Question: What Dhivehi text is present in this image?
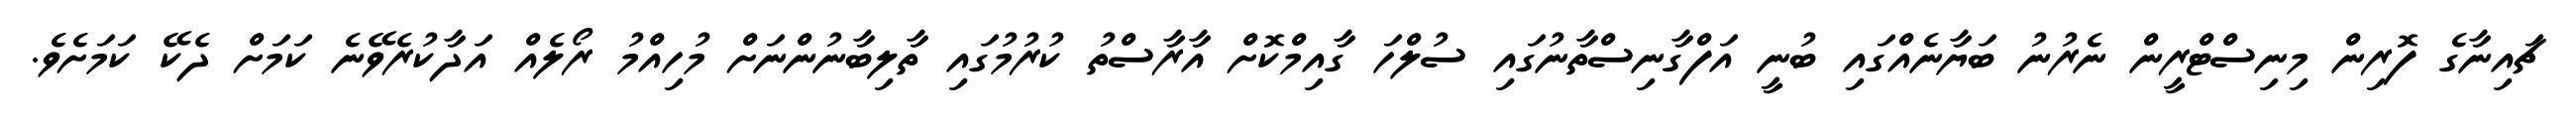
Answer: ޗައިނާގެ ފޮރިން މިނިސްޓްރީން ނެރުނު ބަޔާނެއްގައި ބުނީ އަފްގާނިސްތާނުގައި ސުލްހަ ގާއިމްކޮށް އާރާސްތު ކުރުމުގައި ތާލިބާނުންނަށް މުހިއްމު ރޯލެއް އަދާކުރެވޭނެ ކަމަށް ދެކޭ ކަމަށެވެ.